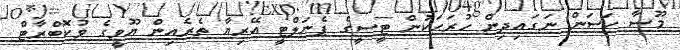
މޫސާ ހަސަން ނަގައިދިން ހުރަހަކުން ޓީސީގެ ޕެނަލްޓީ އޭރިޔާ ތެރެއިން ޔޫވީގެ ވުކޮބްރާޓް